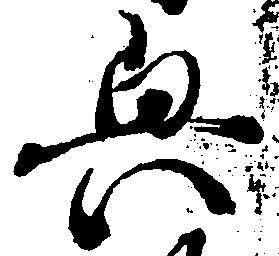
興